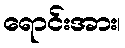
ရောင်းအား၊